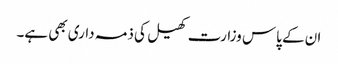
ان کے پاس وزارت کھیل کی ذمہ داری بھی ہے۔